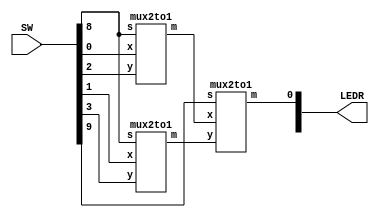
`timescale 1ns / 1ns

/* SW[0] - U
 * SW[1] - V
 * SW[2] - W
 * SW[3] - X
 * SW[8] - S0
 * SW[9] - S1
*/

module mux4to1(SW, LEDR);
	input [9:0] SW;
	output [9:0] LEDR;
	wire u_mux_w;
	wire v_mux_x;
	
	// First 2-to-1 multiplexer to choose between U and W using S0
	mux2to1 m1(
		.x(SW[0]),
		.y(SW[2]),
		.s(SW[8]),
		.m(u_mux_w)
	);
	
	// Second 2-to-1 multiplexer to choose between V and X using S0
	mux2to1 m2(
		.x(SW[1]),
		.y(SW[3]),
		.s(SW[8]),
		.m(v_mux_x)
	);

	// Last 2-to-1 multiplexer to choose between the output of the first and second multiplexer using S1
	mux2to1 m3(
		.x(u_mux_w),
		.y(v_mux_x),
		.s(SW[9]),
		.m(LEDR[0])
	);
endmodule

module mux2to1(x, y, s, m);
	input x;
	input y;
	input s;
	output m;
	
	assign m = x & ~s | y & s;
endmodule